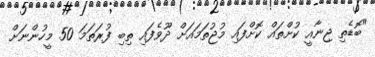
"ބޮޑެތި ޖިނާއީ ކުށްތައް ކޮށްފައި މުޖުތަމައަށް ދޫވެފައި ތިބި ފުރަތަމަ 50 މީހުންނަށް